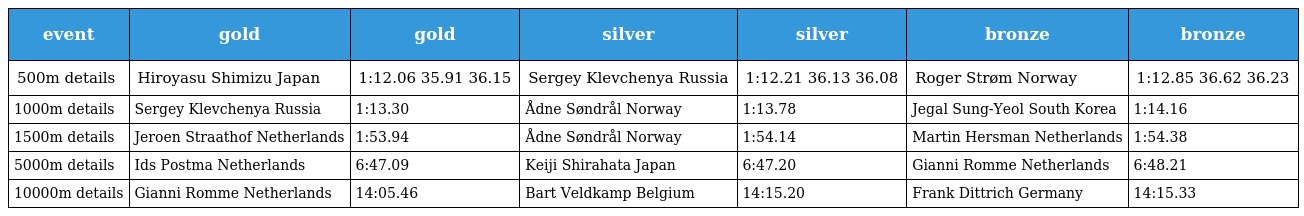
| event | gold | gold | silver | silver | bronze | bronze |
 | --- | --- | --- | --- | --- | --- | --- |
 | 500m details | Hiroyasu Shimizu Japan | 1:12.06 35.91 36.15 | Sergey Klevchenya Russia | 1:12.21 36.13 36.08 | Roger Strøm Norway | 1:12.85 36.62 36.23 |
 | 1000m details | Sergey Klevchenya Russia | 1:13.30 | Ådne Søndrål Norway | 1:13.78 | Jegal Sung-Yeol South Korea | 1:14.16 |
 | 1500m details | Jeroen Straathof Netherlands | 1:53.94 | Ådne Søndrål Norway | 1:54.14 | Martin Hersman Netherlands | 1:54.38 |
 | 5000m details | Ids Postma Netherlands | 6:47.09 | Keiji Shirahata Japan | 6:47.20 | Gianni Romme Netherlands | 6:48.21 |
 | 10000m details | Gianni Romme Netherlands | 14:05.46 | Bart Veldkamp Belgium | 14:15.20 | Frank Dittrich Germany | 14:15.33 |